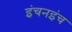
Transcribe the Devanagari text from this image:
इंचनइंच